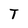
Character: T